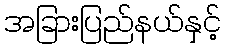
အခြားပြည်နယ်နှင့်